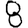
Digit: 8